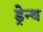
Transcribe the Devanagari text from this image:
ड्रेन्थ